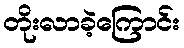
တိုးလာခဲ့ကြောင်း